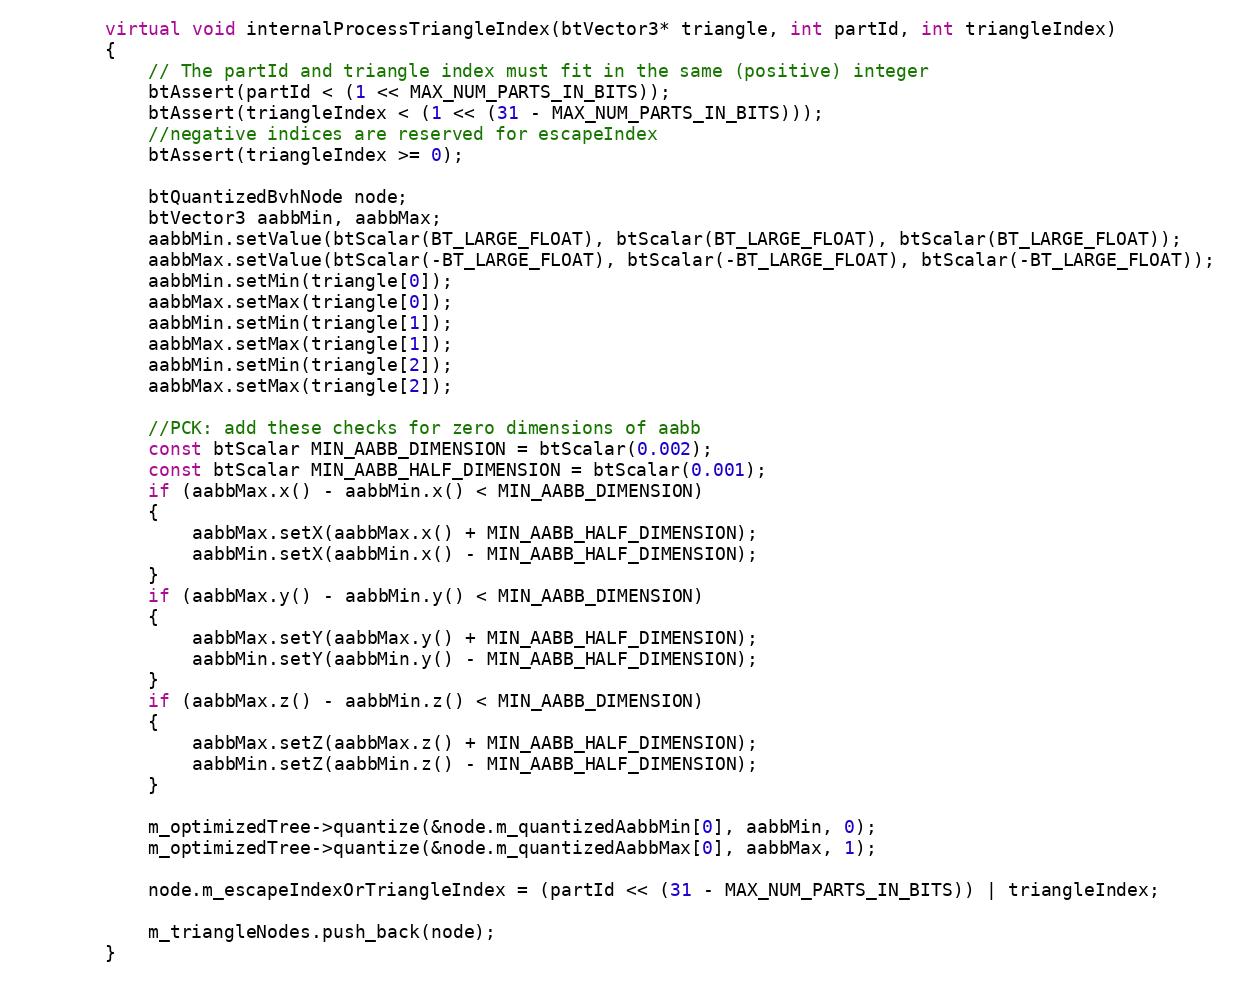
Language: C++
		virtual void internalProcessTriangleIndex(btVector3* triangle, int partId, int triangleIndex)
		{
			// The partId and triangle index must fit in the same (positive) integer
			btAssert(partId < (1 << MAX_NUM_PARTS_IN_BITS));
			btAssert(triangleIndex < (1 << (31 - MAX_NUM_PARTS_IN_BITS)));
			//negative indices are reserved for escapeIndex
			btAssert(triangleIndex >= 0);

			btQuantizedBvhNode node;
			btVector3 aabbMin, aabbMax;
			aabbMin.setValue(btScalar(BT_LARGE_FLOAT), btScalar(BT_LARGE_FLOAT), btScalar(BT_LARGE_FLOAT));
			aabbMax.setValue(btScalar(-BT_LARGE_FLOAT), btScalar(-BT_LARGE_FLOAT), btScalar(-BT_LARGE_FLOAT));
			aabbMin.setMin(triangle[0]);
			aabbMax.setMax(triangle[0]);
			aabbMin.setMin(triangle[1]);
			aabbMax.setMax(triangle[1]);
			aabbMin.setMin(triangle[2]);
			aabbMax.setMax(triangle[2]);

			//PCK: add these checks for zero dimensions of aabb
			const btScalar MIN_AABB_DIMENSION = btScalar(0.002);
			const btScalar MIN_AABB_HALF_DIMENSION = btScalar(0.001);
			if (aabbMax.x() - aabbMin.x() < MIN_AABB_DIMENSION)
			{
				aabbMax.setX(aabbMax.x() + MIN_AABB_HALF_DIMENSION);
				aabbMin.setX(aabbMin.x() - MIN_AABB_HALF_DIMENSION);
			}
			if (aabbMax.y() - aabbMin.y() < MIN_AABB_DIMENSION)
			{
				aabbMax.setY(aabbMax.y() + MIN_AABB_HALF_DIMENSION);
				aabbMin.setY(aabbMin.y() - MIN_AABB_HALF_DIMENSION);
			}
			if (aabbMax.z() - aabbMin.z() < MIN_AABB_DIMENSION)
			{
				aabbMax.setZ(aabbMax.z() + MIN_AABB_HALF_DIMENSION);
				aabbMin.setZ(aabbMin.z() - MIN_AABB_HALF_DIMENSION);
			}

			m_optimizedTree->quantize(&node.m_quantizedAabbMin[0], aabbMin, 0);
			m_optimizedTree->quantize(&node.m_quantizedAabbMax[0], aabbMax, 1);

			node.m_escapeIndexOrTriangleIndex = (partId << (31 - MAX_NUM_PARTS_IN_BITS)) | triangleIndex;

			m_triangleNodes.push_back(node);
		}